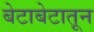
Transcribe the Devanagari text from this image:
बेटाबेटातून